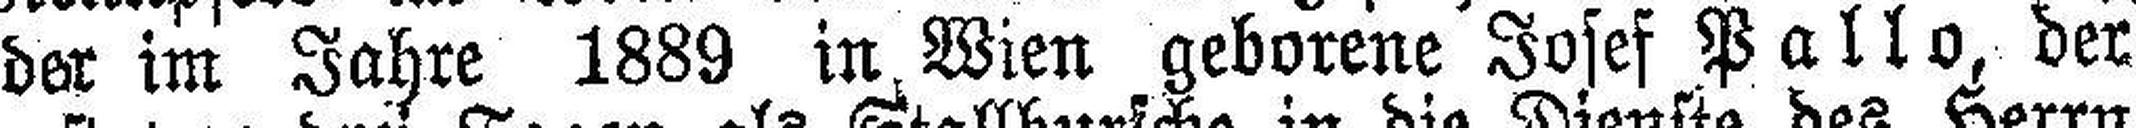
der im Jahre 1889 in Wien geborene Josef Pallo, der